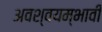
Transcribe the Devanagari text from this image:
अवश्वयम्भावी